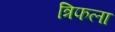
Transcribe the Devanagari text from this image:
त्रिफला